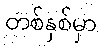
တစ်နှစ်မှာ